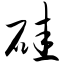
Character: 硅